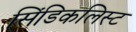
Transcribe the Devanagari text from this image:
सिंडिकलिस्ट